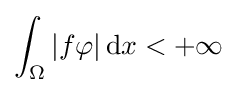
\int _{\Omega }|f\varphi |\,\mathrm {d} x<+\infty